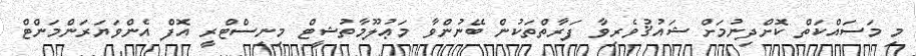
މި މަސައްކަތް ކޮށްދިނުމަށް ޝައުޤުވެރިވާ ފަރާތްތަކުން ބޭނުންވާ މަޢުލޫމާތުޝީޓް މިނިސްޓްރީ އޮފް އެންވަޔަރަންމަންޓް